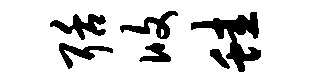
聒攸蛙